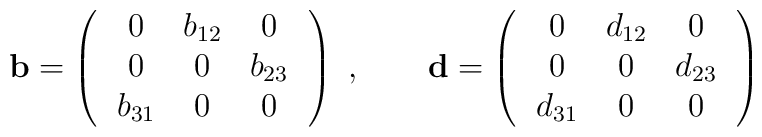
{\mathbf b}= \left(\, \begin{array}{ccc}0 & b_{12} &0\\0 & 0 &  b_{23}\\b_{31} &0 &0\end{array}\,\right)\ ,\qquad{\mathbf d}= \left(\, \begin{array}{ccc}0 & d_{12} &0\\0 & 0 &  d_{23}\\d_{31} &0 &0\end{array}\,\right)